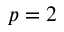
p = 2